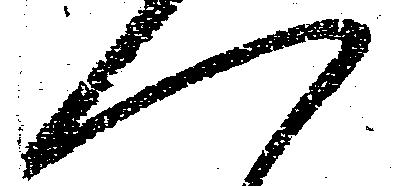
へ